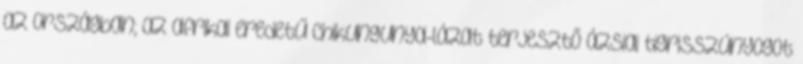
az országban; az afrikai eredetű Chikungunya-lázat terjesztő ázsiai tigrisszúnyogot